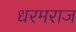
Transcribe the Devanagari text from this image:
धरमराज